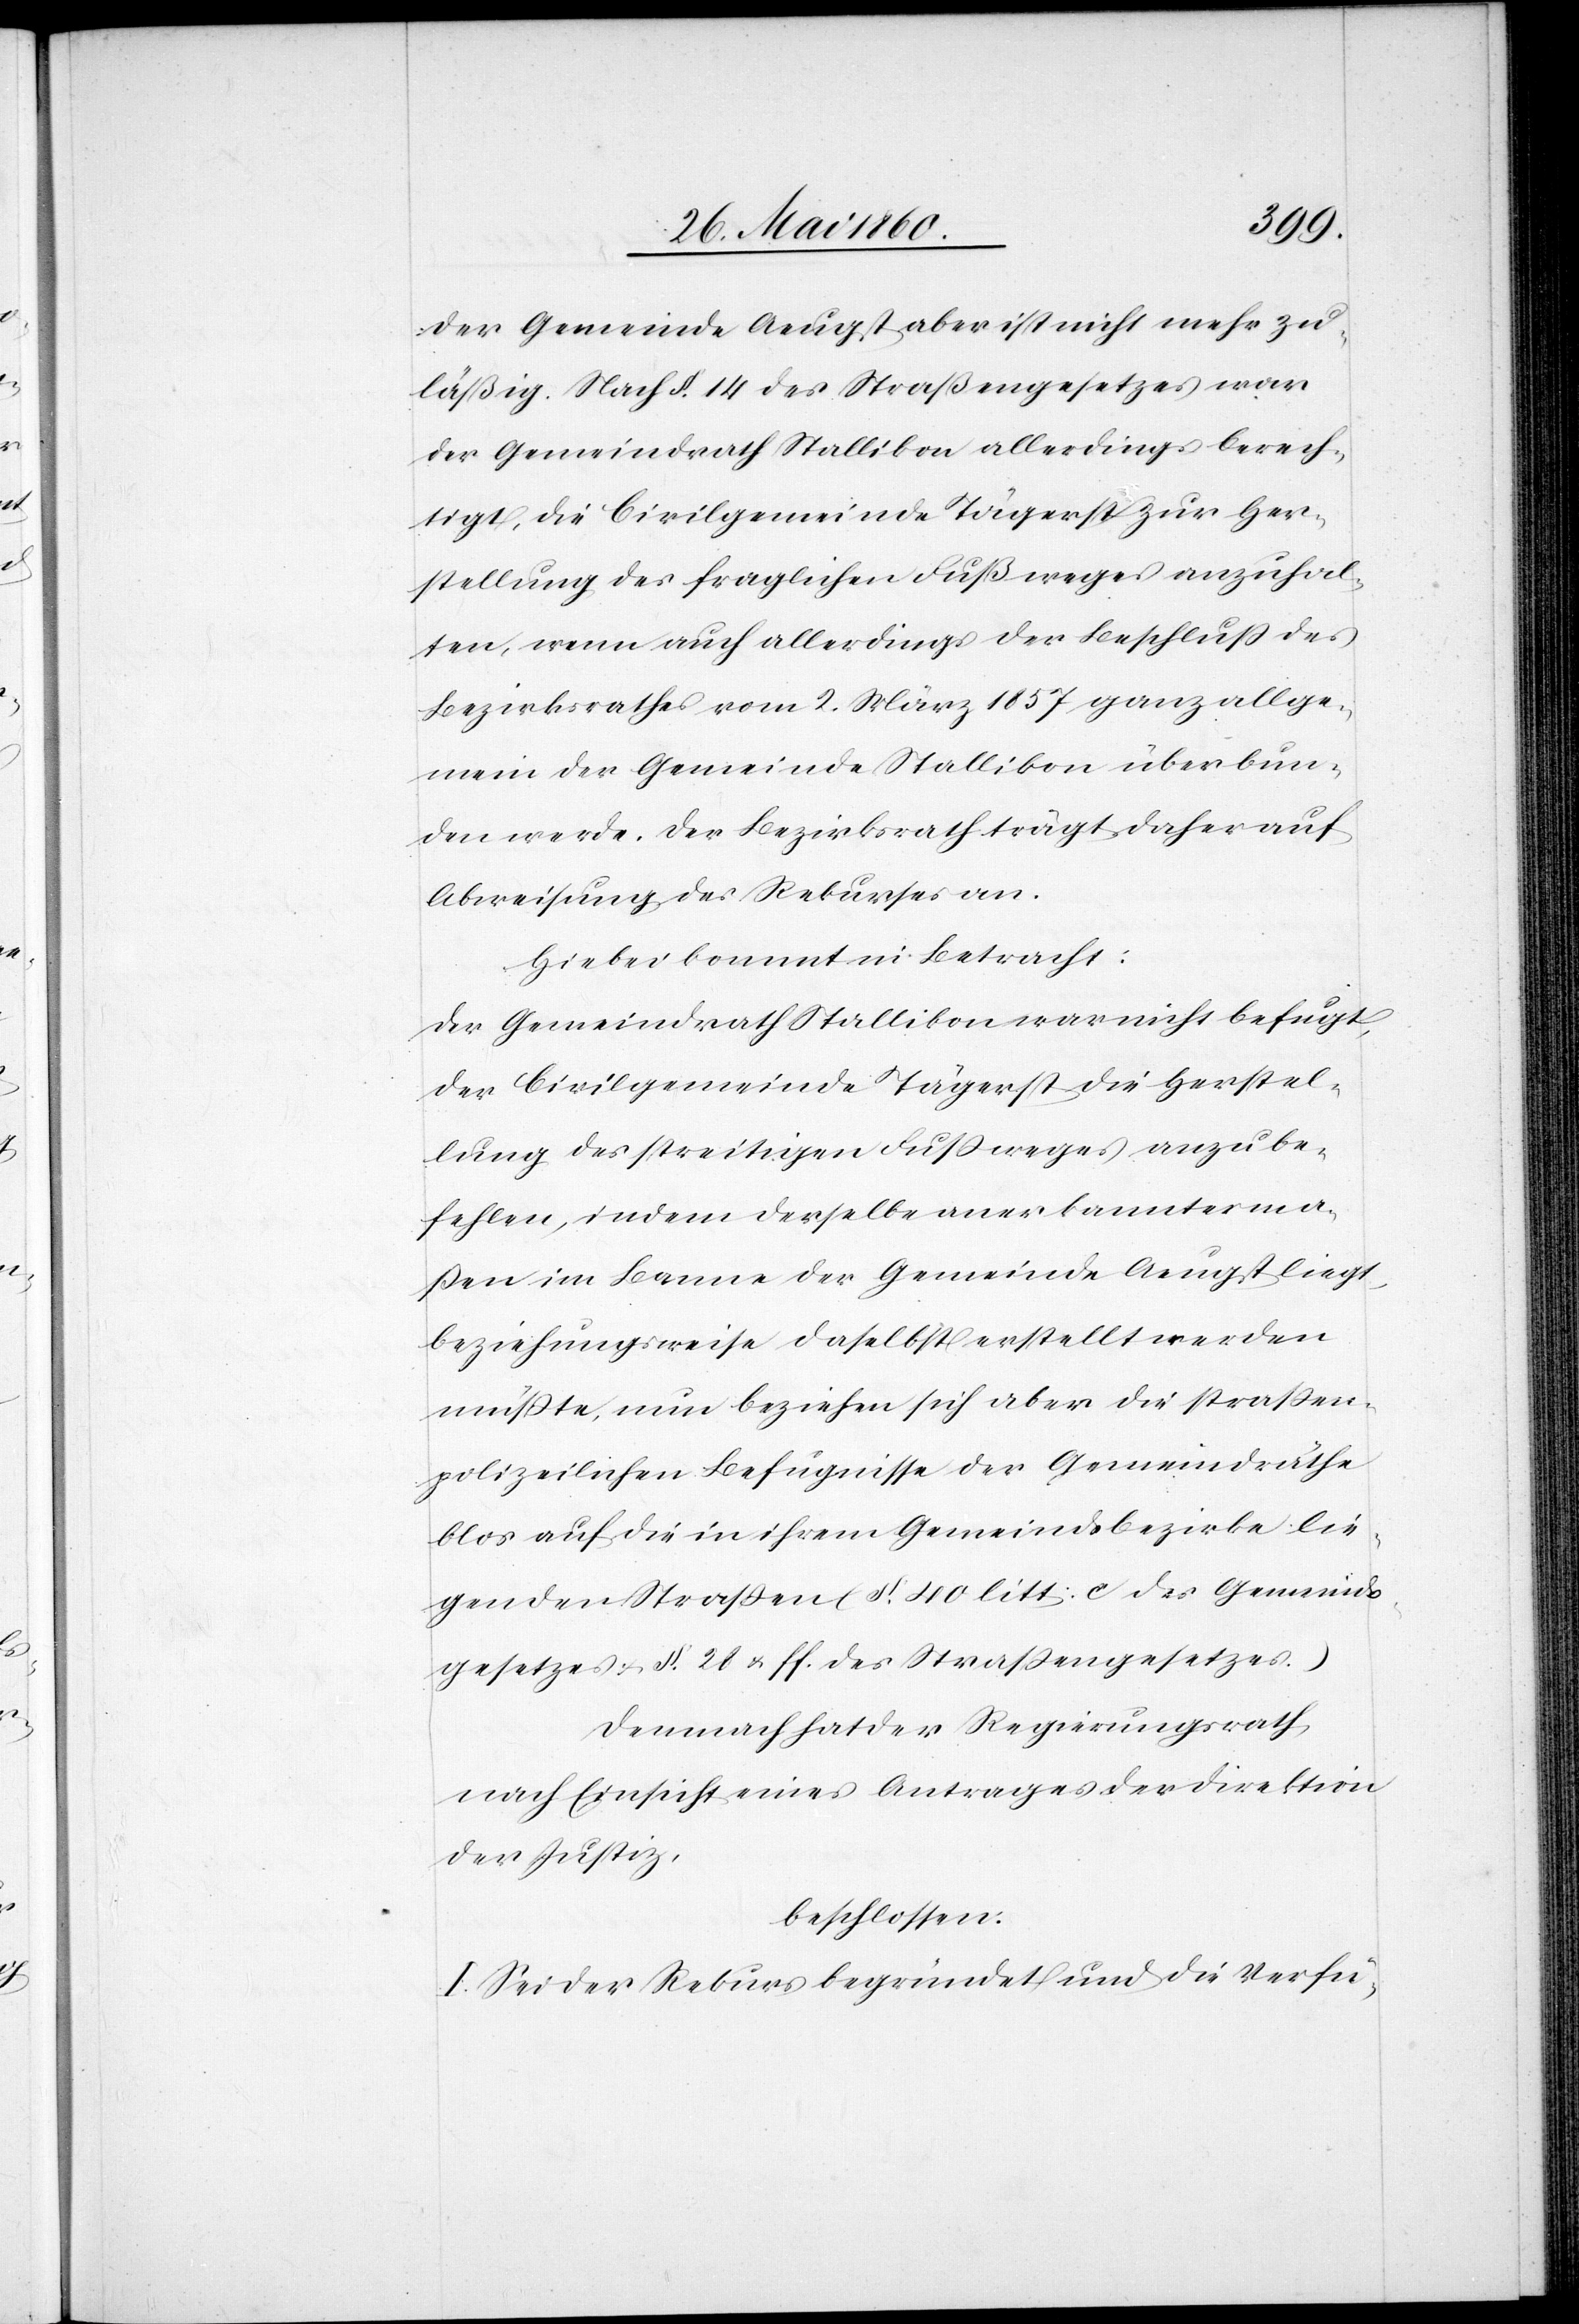
der Gemeinde Aeugst aber ist nicht mehr zu¬
läßig. Nach §. 14 des Straßengesetzes war
der Gemeindrath Stallikon allerdings berech¬
tigt, die Civilgemeinde Tägerst zur Her¬
stellung des fraglichen Fußweges anzuhal¬
ten, wenn auch allerdings der Beschluss des
Bezirksrathes vom 2. März 1857 ganz allge¬
mein der Gemeinde Stallikon überbun¬
den werde. Der Bezirksrath trägt daher auf
Abweisung des Rekurses an.
Hiebei kommt in Betracht:
Der Gemeindrath Stallikon war nicht befugt,
der Civilgemeinde Tägerst die Herstel¬
lung des streitigen Fussweges anzube¬
fehlen, indem derselbe anerkannterma¬
ssen im Banne der Gemeinde Aeugst liegt,
beziehungsweise daselbst erstellt werden
müsste, nun beziehen sich aber die strassen¬
polizeilichen Befugnisse der Gemeindräthe
blos auf die in ihrem Gemeindsbezirke lie¬
genden Strassen (§. 40 litt: c des Gemeinds¬
gesetzes u. §. 28 u. ff. des Strassengesetzes.)
Demnach hat der Regierungsrath,
nach Einsicht eines Antrages der Direktion
der Justiz,
beschlossen:
I. Sei der Rekurs begründet und die Verfü-